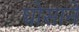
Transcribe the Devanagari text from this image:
घोसाने